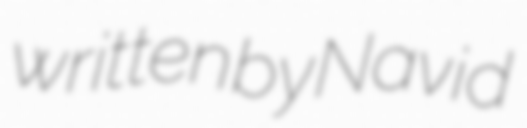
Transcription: written by Navid